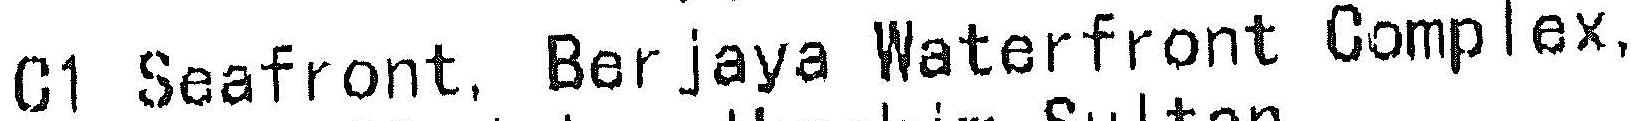
C1 SEAFRONT, BERJAYA WATERFRONT COMPLEX,